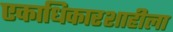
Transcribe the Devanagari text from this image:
एकाधिकारशाहीला